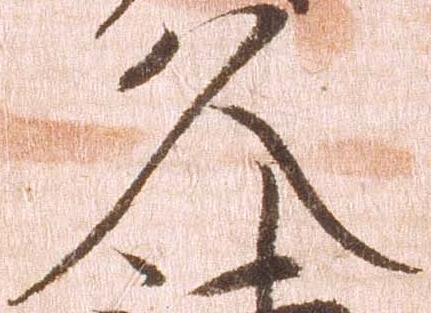
久